Lunatic asylums Punjab 1868-1880 - 1868-1880
Year: 1868
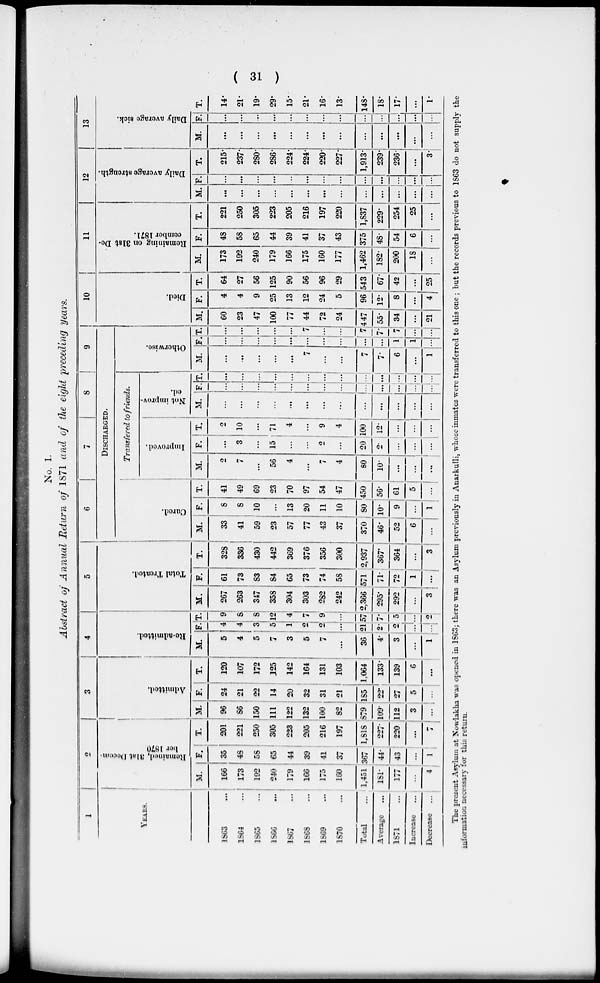
( 31 )
No. 1.
Abstract of Annual Return of 1871 and of the eight preceding years.
1
YEARS.
1863...
1864 ...
1865 ...
1866 ...
1867 ...
1868...
1869 ...
1870...
Total...
Average...
1871...
Increase...
Decrease ...
2
Remained, 31st Decem-
ber 1870
M.
166
173
192
240
179
166
175
160
1,451
181.
177
...
4
F.
35
48
58
65
44
39
41
37
367
44.
43
...
1
T.
201
221
250
305
223
205
216
197
1,818
227.
220
...
7
3
Admitted.
M.
96
86
150
111
122
132
100
82
879
109.
112
3
...
F.
24
21
22
14
20
32
31
21
185
22.
27
5
...
T.
120
107
172
125
142
164
131
103
1,064
133.
139
6
...
4
Re-admitted.
M.
5
4
5
7
3
5
7
...
36
4.
3
...
1
F.
4
4
3
5
1
2
2
...
21
2.
2
...
...
T.
9
8
8
12
4
7
9
...
57
7.
5
...
2
5
Total Treated.
M.
267
263
347
358
304
303
282
242
2,366
295.
292
...
3
F.
61
73
83
84
65
73
74
58
571
71.
72
1
...
T.
328
336
430
442
369
376
356
300
2,937
367.
364
...
3
6
7
8
9
DISCHARGED.
Cured.
M.
33
41
59
23
57
77
43
37
370
46.
52
6
...
F.
8
8
10
...
13
20
11
10
80
10.
9
...
1
T.
41
49
69
23
70
97
54
47
450
56.
61
5
...
Transfered to friends.
Improved.
M.
2
7
...
56
4
...
...
4
80
10.
...
...
...
F.
...
3
...
15
...
...
2
...
20
2.
...
...
...
T.
2
10
...
71
4
...
9
4
100
12.
...
...
...
Not improv-
ed.
M.
...
...
...
...
...
...
...
...
...
...
...
...
...
F.
....
...
...
...
...
...
...
...
...
...
...
...
...
T.
...
...
...
...
...
...
...
...
...
...
...
...
...
Otherwise.
M.
...
...
...
...
...
7
...
...
7
7.
6
...
1
F.
...
...
...
...
...
...
...
...
...
...
1
1
...
T.
...
...
...
...
7
...
...
7
7
7
...
...
10
Died.
M.
60
23
47
100
77
44
72
24
447
55.
34
...
21
F.
4
4
9
25
13
12
24
5
96
12.
8
...
4
T.
64
27
56
125
90
56
96
29
543
67.
42
...
25
11
Remaining
on 31st De-
cember 1871.
M.
173
192
240
179
166
175
160
177
1,462
182.
200
18
...
F.
48
58
65
44
39
41
37
43
375
48.
54
6
...
T.
221
250
305
223
205
216
197
220
1,837
229.
254
25
...
12
Daily average strength.
M.
...
...
...
...
...
...
...
...
...
...
...
...
...
F.
...
...
...
...
...
...
...
...
...
...
...
...
...
T.
215.
237.
280.
286.
224.
224.
220.
227.
1,913.
239.
236.
...
3.
13
Daily average sick.
M.
...
...
...
...
...
...
...
...
...
...
...
...
...
F.
...
...
...
...
...
...
...
...
...
...
...
...
...
T.
14.
21.
19.
29.
15.
21.
16.
13.
148.
18.
17.
...
1.
The present Asylum at Nowlakha was opened in 1863 ; there was an Asylum previously in Anarkulli, whose inmates were transferred to this one ; but the records previous to 1863 do not supply the
information necessary for this return.